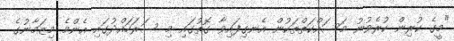
"މީގެ ކުރިން ކުރެވުނު މަސައްކަތްތަކުން އެނގިފައިވާ ގޮތުގައި މި ސަރަހައްދުގައި އެންމެ މިޒަމާނުގެ